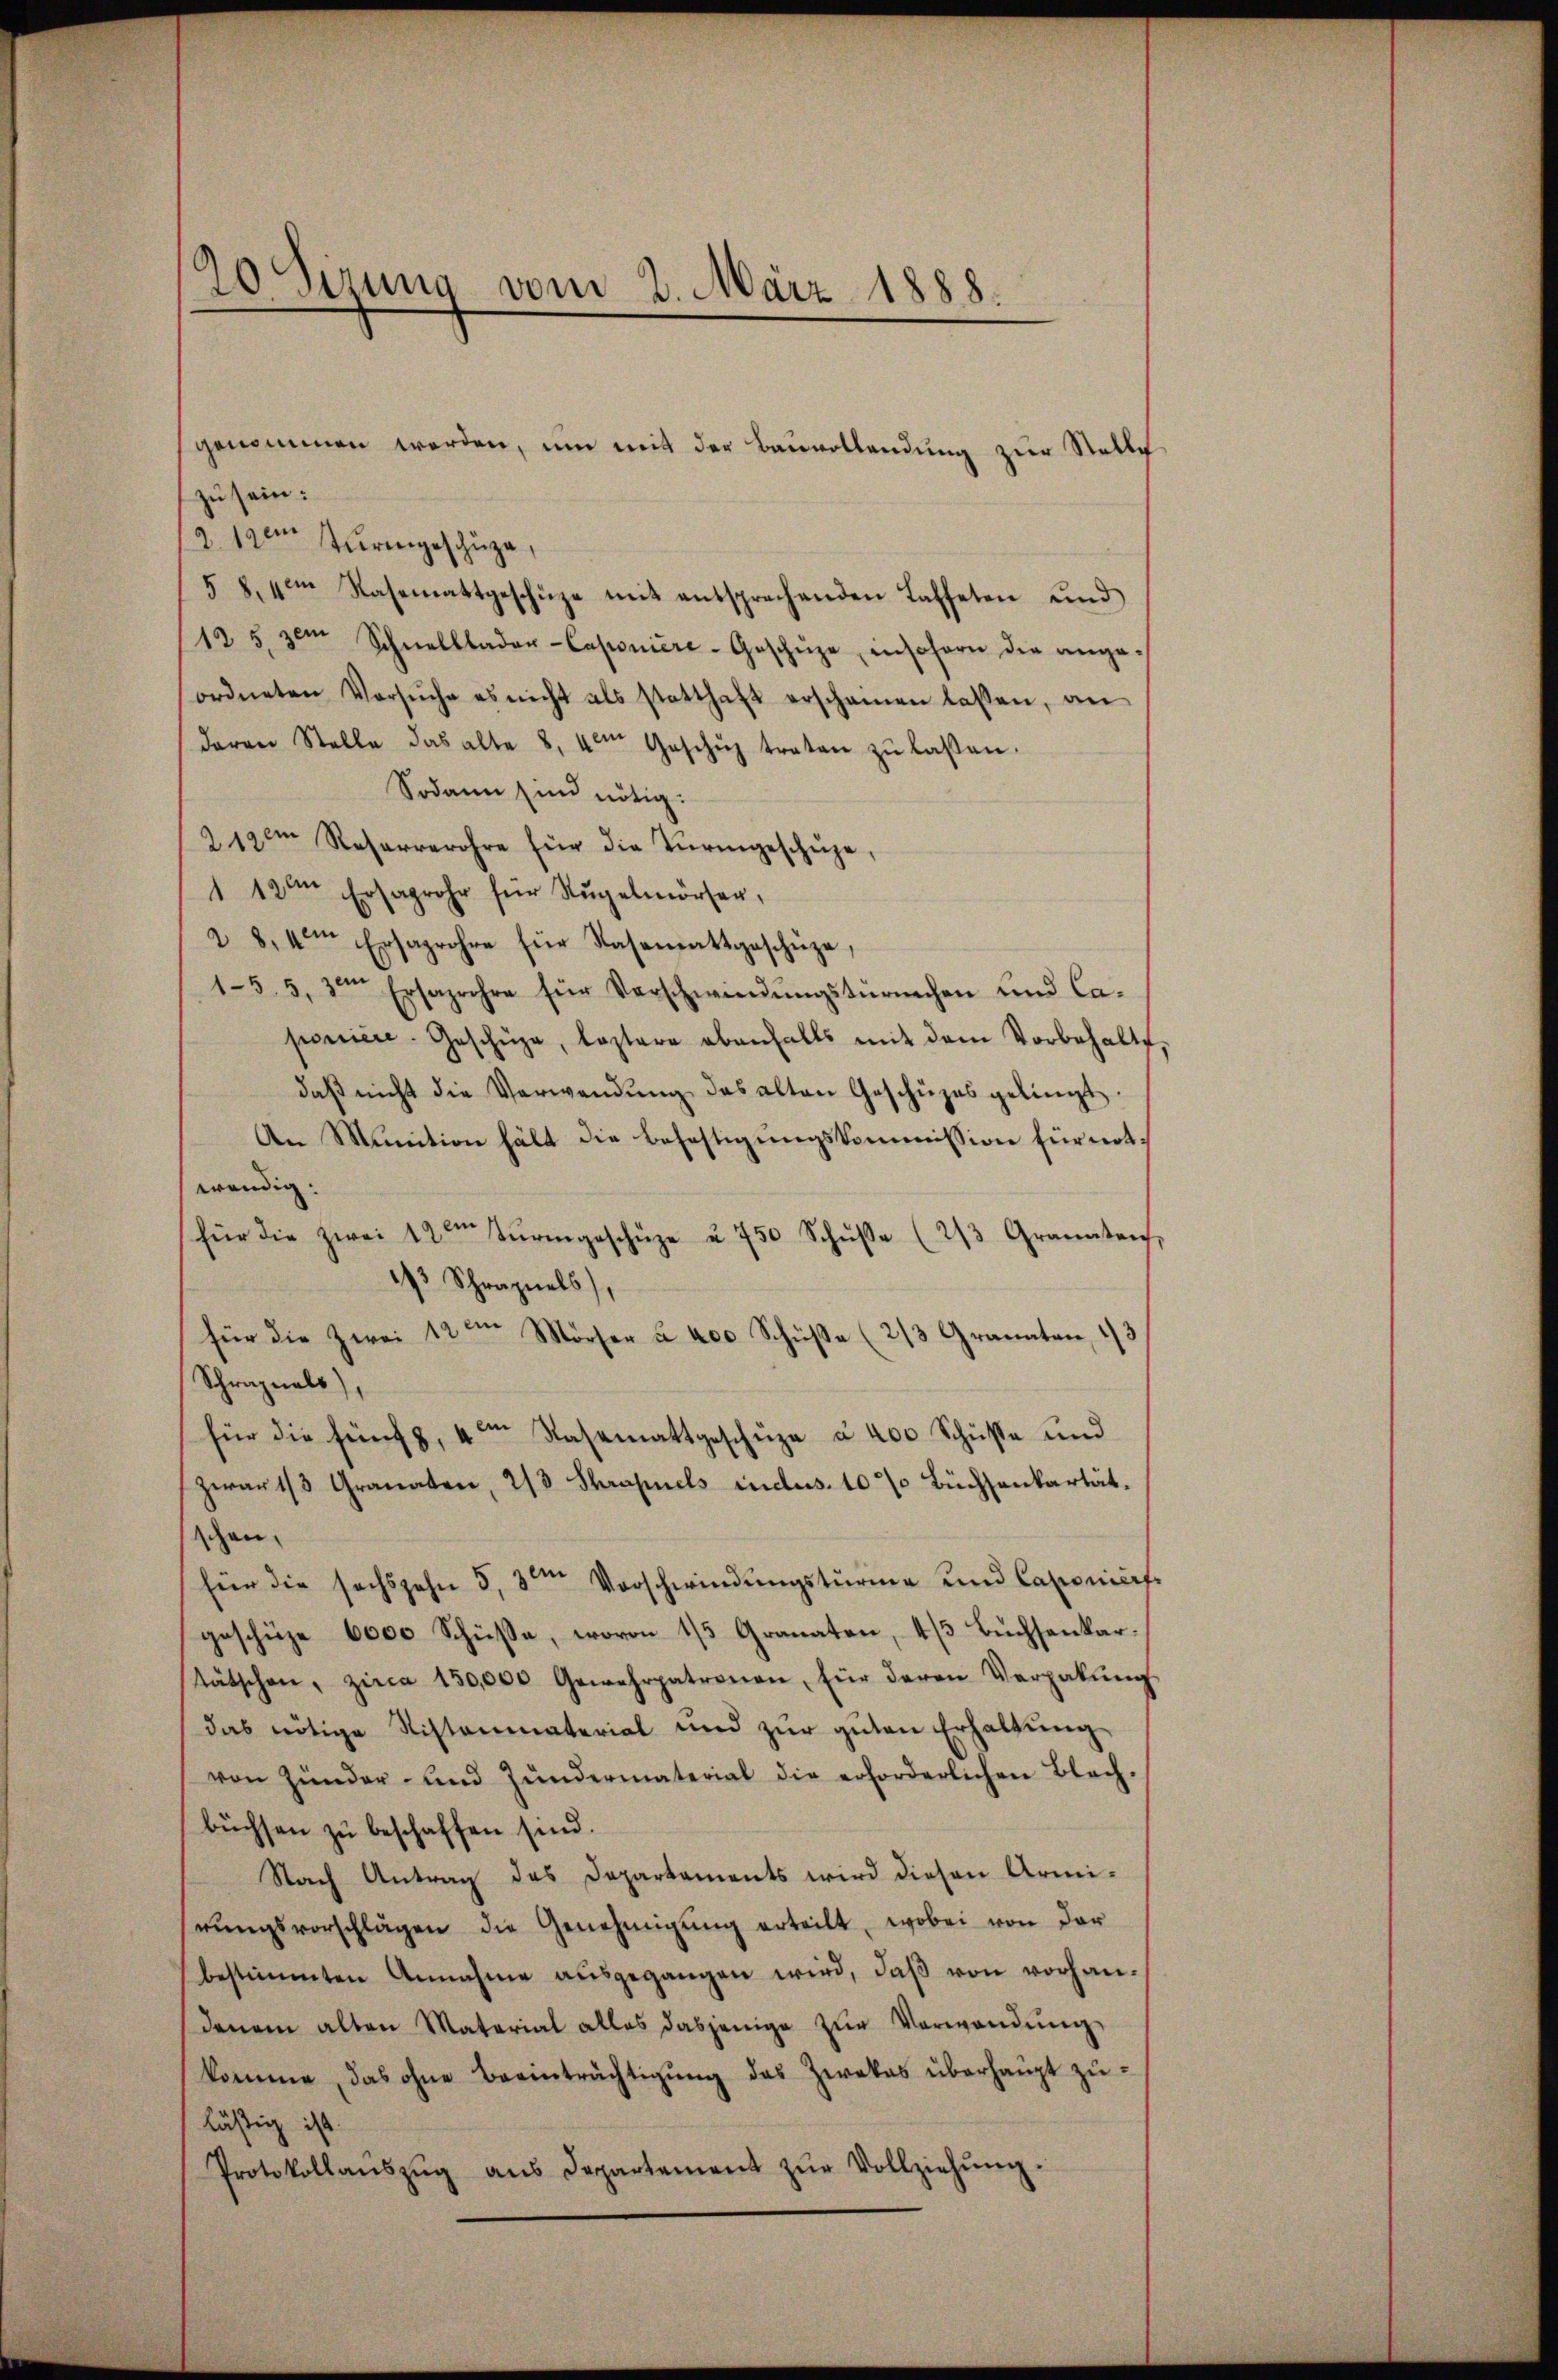
20 Sirung vom 2. März 1888.

genommen werden, um mit der Bauvollendung zur Stelle
zu sein:
2. 12ten Turingeschüze,
5 8. um Rasemattgeschüze mit entsprechenden Lasteten und
125. dem Schnelllader-Caponiere-Geschüze, insofern die ange-
ordneten Vorsŭche es nicht als statthaft erscheinen lassen, an
daren Stelle das alte 8, vom Geschŭz traten zŭ lassen.
Sodann sind nötig.
212m Reserverohre für die Türingeschüze,
1 12ten Ersaprohr für Regelmörsen,
28,4m Ersaprohre für Nasemattgeschütze,
1-35, 3ten Ersaprohre für Verschwindŭngstürmchen und Ca-
poniere. Geschüze, leztere ebenfalls mit dem Vorbehalts
daβ nicht die Verwendŭng des alten Geschüzes gelingt
An Munition hält die Befestigungskommission für notwendig.
für die zwei 12ten Tŭrmgeschüze u. 750 Schŭβe (23. Granaten,
13 Schraznels,
für die Zwei 12ten Mörser u. 400 Schüße (2/3 Granaten, 13
Schreznals)
für die fünf, 4 Rasemattgeschüze à 400 Schüße und
zwar 1/3 Granaten, 2/3 Shrapuels indus. 10% Büchsenkartät.
schen.
für die sechszehn 5, 3ten Vorschwindŭngsturme und Caponiert
geschüze 6000 Schüße, wovon 15 Granaten, 4/3 Büchsenkartätschen, zirca 130,000 Gewehrpatronen, für deren Vergabŭng
das nötige Sistenmaterial und zŭr gŭten Erhaltŭng
von Zünder- und Zŭndermaterial die erforderlichen Blech-
büchsen zu beschaffen sind.
Nach Antrag des Departements wird diesen Armi-
rŭngsvorschlägen die Genehmigŭng erteilt, wobei von der
bestimmten Annahme aŭsgegangen wird, daβ von vorhandenem alten Material alles dasjenige zur Verwendung,
komme, das ohne Beeinträchtigung des Zwekas überhaupt zulästig ist.
Protokollaŭszŭg ans Departement zŭr Vollziehŭng.